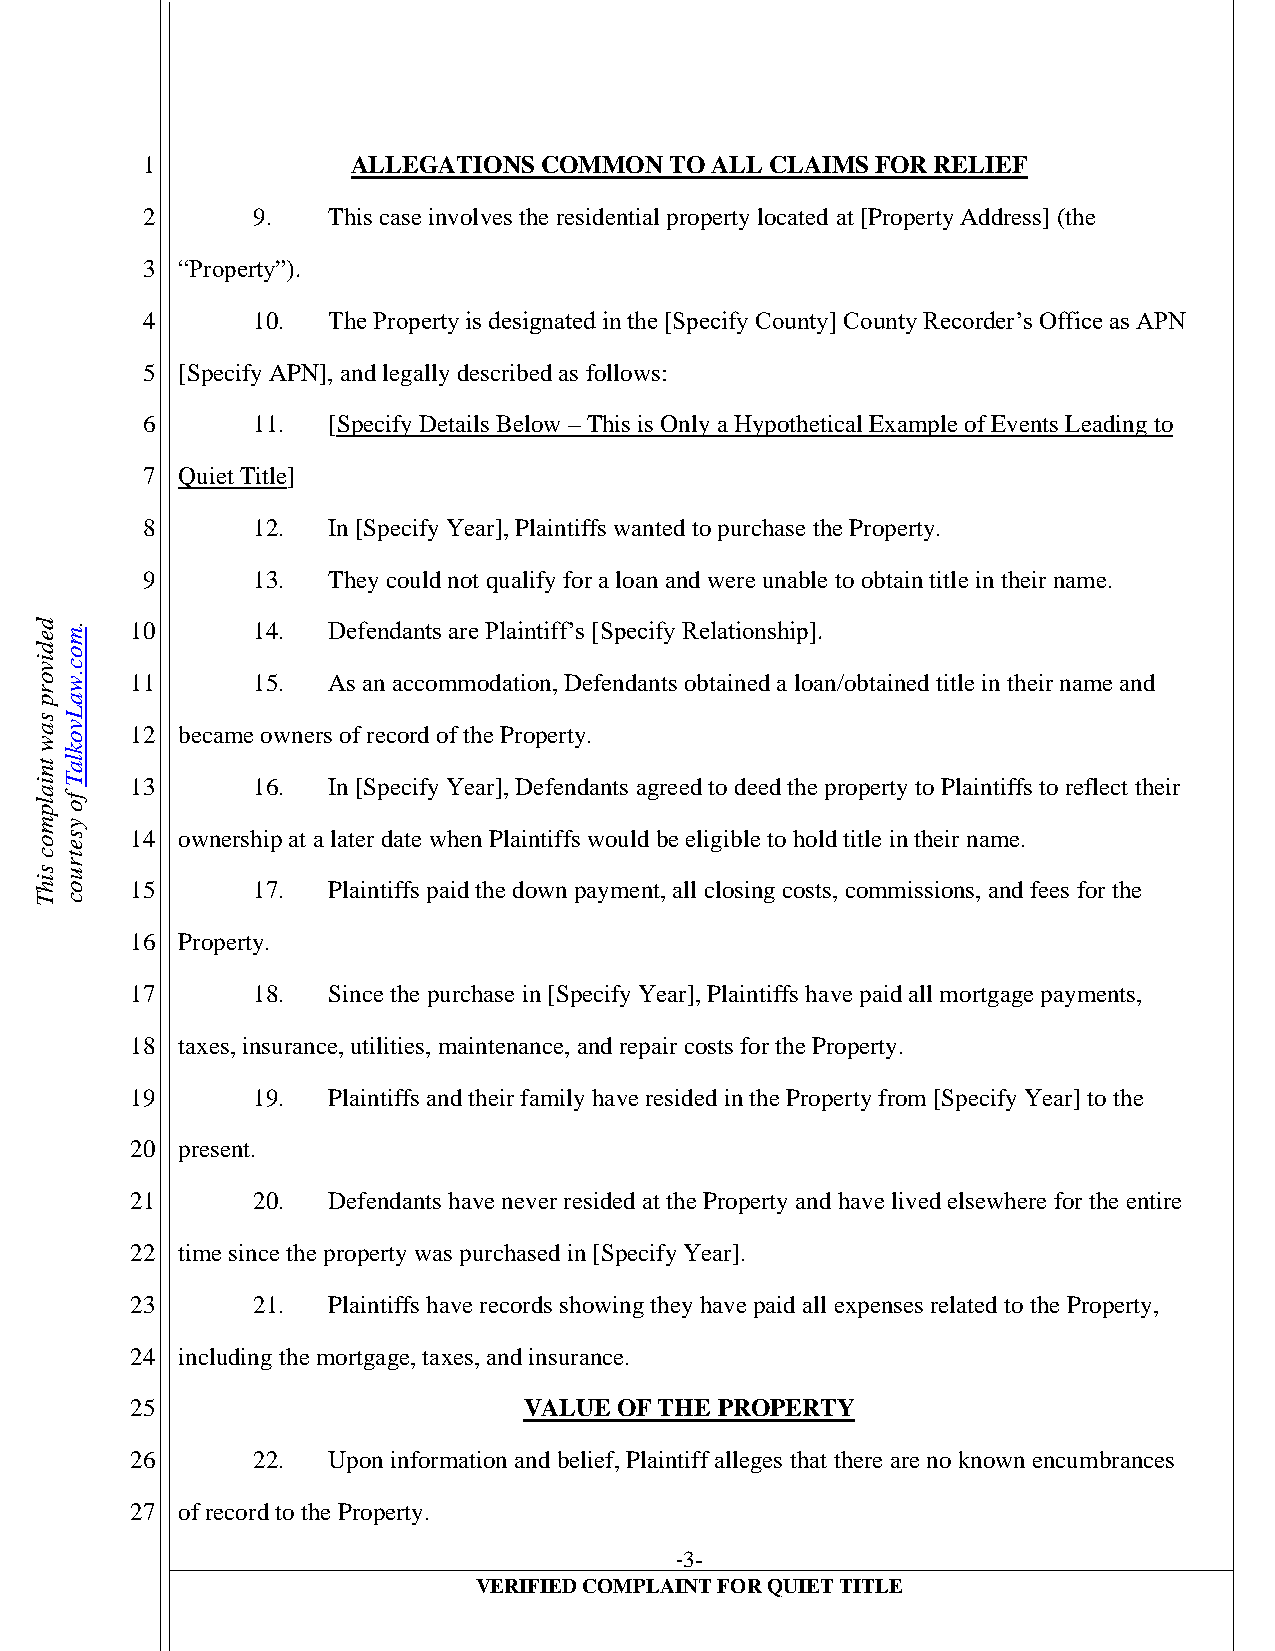
1             ALLEGATIONS  COMMON  TO ALL CLAIMS FOR RELIEF
 2       9.   This case involves the residential property located at [Property Address] (the
 3  “Property”).
 4       10.  The Property is designated in the [Specify County] County Recorder’s Office as APN
 5  [Specify APN], and legally described as follows:
 6       11.  [Specify Details Below – This is Only a Hypothetical Example of Events Leading to
 7  Quiet Title]
 8       12.  In [Specify Year], Plaintiffs wanted to purchase the Property.
 9       13.  They could not qualify for a loan and were unable to obtain title in their name.
 d.     10      14.  Defendants are Plaintiff’s [Specify Relationship].
 em
 do
 i vc
 o. w   11      15.  As an accommodation, Defendants obtained a loan/obtained title in their name and
 r
 pa
 sL
 a wv o 12 became owners of record of the Property.
 k
 t nl a
 iT     13      16.  In [Specify Year], Defendants agreed to deed the property to Plaintiffs to reflect their
 a
 l p f o
 m y
 os
 e
 14 ownership at a later date when Plaintiffs would be eligible to hold title in their name.
 ct
 sr
 u
 i ho   15      17.  Plaintiffs paid the down payment, all closing costs, commissions, and fees for the
 Tc
 16 Property.
 17      18.  Since the purchase in [Specify Year], Plaintiffs have paid all mortgage payments,
 18 taxes, insurance, utilities, maintenance, and repair costs for the Property.
 19      19.  Plaintiffs and their family have resided in the Property from [Specify Year] to the
 20 present.
 21      20.  Defendants have never resided at the Property and have lived elsewhere for the entire
 22 time since the property was purchased in [Specify Year].
 23      21.  Plaintiffs have records showing they have paid all expenses related to the Property,
 24 including the mortgage, taxes, and insurance.
 25                        VALUE OF THE PROPERTY
 26      22.  Upon information and belief, Plaintiff alleges that there are no known encumbrances
 27 of record to the Property.
 -3-
 VERIFIED COMPLAINT FOR QUIET TITLE